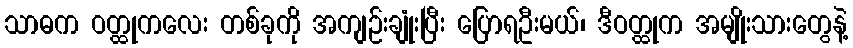
သာဓက ဝတ္ထုကလေး တစ်ခုကို အကျဉ်းချုံးပြီး ပြောရဦးမယ်၊ ဒီဝတ္ထုက အမျိုးသားတွေနဲ့